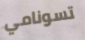
تسونامي